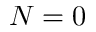
N = 0